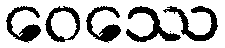
ဝေဿေ